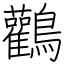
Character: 鸛